Sketch of the medical history of the native army of Bombay, for the year
Year: 1875
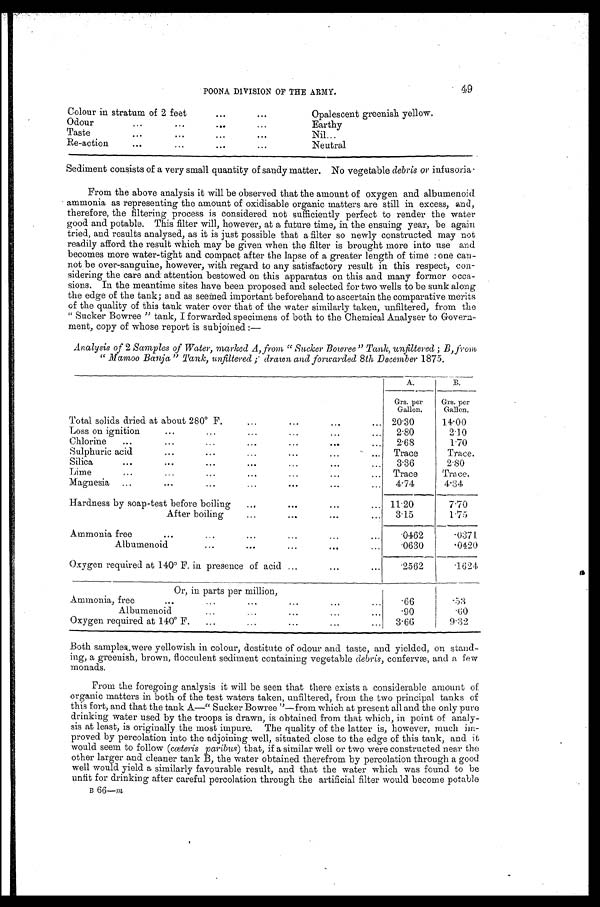
POONA DIVISION OF THE ARMY.
49
Colour in stratum of 2 feet
Opalescent greenish yellow.
Odour
Earthy
Taste
Nil
Re-action
Neutral
Sediment consists of a very small quantity of sandy matter. No vegetable debris or infusoria
From the above analysis it will be observed that the amount of oxygen and albumenoid
ammonia as representing the amount of oxidisable organic matters are still in excess, and,
therefore, the filtering process is considered not sufficiently perfect to render the water
good and potable. This filter will, however, at a future time, in the ensuing year, be again
tried, and results analysed, as it is just possible that a filter so newly constructed may not
readily afford the result which may be given when the filter is brought more into use and
becomes more water-tight and compact after the lapse of a greater length of time: one can-
-not be over-sanguine, however, with regard to any satisfactory result in this respect, con--
sidering the care and attention bestowed on this apparatus on this and many former occa--
sions. In the meantime sites have been proposed and selected for two wells to be sunk along
the edge of the tank; and as seemed important beforehand to ascertain the comparative merits
of the quality of this tank water over that of the water similarly taken, unfiltered, from the
"Sucker Bowree" tank, I forwarded specimens of both to the Chemical Analyser to Govern--
ment, copy of whose report is subjoined
: —
Analysis of 2 Samples of Water, marked A, from, "Sucker Bowree" Tank, unfiltered; B, from
"Mamoo Banja" Tank, unfiltered; drawn and forwarded 8th December 1875.
A.
B.
Grs. per
Gallon.
Grs. per
Gallon.
Total solids dried at about 280° F.
20.30
14.00
Loss on ignition
2.80
2.10
Chlorine
2.68
1.70
Sulphuric acid
Trace
Trace.
Silica
3.36
2.80
Lime
Trace
Trace.
Magnesia
4.74
4.34
Hardness by soap-test before boiling
11.20
7.70
After boiling
3.15
1.75
Ammonia free
.0462
.0371
Albumenoid
. 0 6 3 0
.0420
Oxygen required at 140° F. in presence of acid
. 2 5 6 2
.1624
Or, in parts per million
,
Ammonia, free
.66
.53
Albumenoid
.90
.60
Oxygen required at 140° F.
3.66
9.32
Both samples were yellowish in colour, destitute of odour and taste, and yielded, on stand-
- i n g , a g r e e n i s h , b r o w n , f l o c c u l e n t s e d i m e n t c o n t a i n i n g v e g e t a b l ed
e b r i s ,
c o n f e r v æ , a n d a f e w
monads.
From the foregoing analysis it will be seen that there exists a considerable amount of
organic matters in both of the test waters taken, unfiltered, from the two principal tanks of
this fort, and that the tank A—"Sucker Bowree"—from which at present all and the only pure
drinking water used by the troops is drawn, is obtained from that which, in point of analy--
sis at least, is originally the most impure. The quality of the latter is, however, much im--
proved by percolation into the adjoining well, situated close to the edge of this tank, and it
would seem to follow ( cœteris paribus) that, if a similar well or two were constructed near the
other larger and cleaner tank B, the water obtained therefrom by percolation through a good
well would yield a similarly favourable result, and that the water which was found to be
unfit for drinking after careful percolation through the artificial filter would become potable
B 66—m